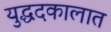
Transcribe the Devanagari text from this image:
युद्धदकालात